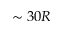
\sim 3 0 R